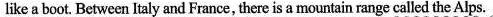
like a boot. Between Italy and France, there is a mountain range called the Alps.